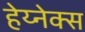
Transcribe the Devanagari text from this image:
हेय्नेक्स